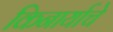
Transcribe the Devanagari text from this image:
किनार्याचे